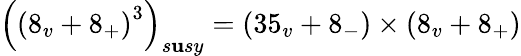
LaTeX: \left(\left(8_{v}+8_{+}\right)^{3}\right)_{s\mathbf{u}sy}=\left(35_{v}+8_{-}\right)\times\left(8_{v}+8_{+}\right)